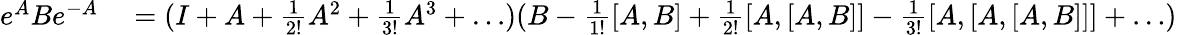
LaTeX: \begin{array}{rl}{e^{A}Be^{-A}}&{{}=(I+A+\frac{1}{2!}A^{2}+\frac{1}{3!}A^{3}+\dots)(B-\frac{1}{1!}[A,B]+\frac{1}{2!}[A,[A,B]]-\frac{1}{3!}[A,[A,[A,B]]]+\dots)}\end{array}